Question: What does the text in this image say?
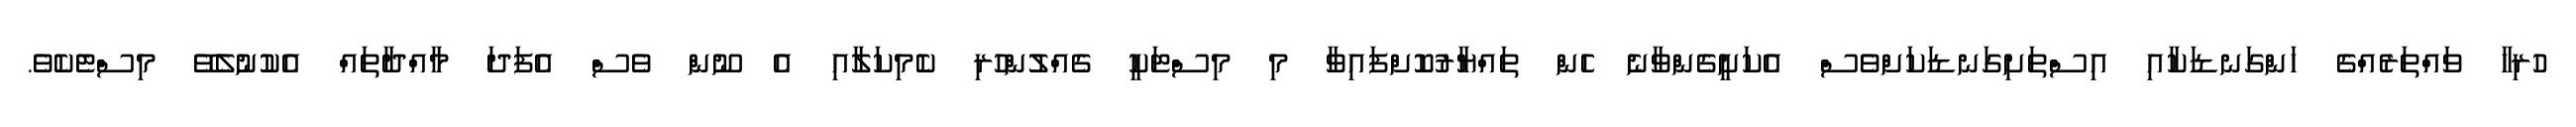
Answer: ހުރިހާ ވައްތަރެއްގެ ހަންގަނޑަކާއި އިސްތަށިގަނޑަކަށްވެސް އެކަށީގެންވާނެ ހެން ތައްޔާރުކޮށްފައިވާ މި މިސްޓަކީ ގެއްލުންހުރި ކެމިކަލާއި އެ ނޫން ވެސް އެފަދަ މާއްދާތައް އެކުނުލެވޭ މިސްޓެކެވެ.